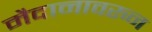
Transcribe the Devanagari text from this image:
मैदानावरुन